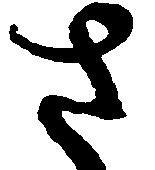
さ